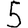
Digit: 5